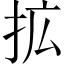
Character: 拡